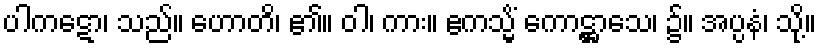
ပါကဋော၊ သည်။ ဟောတိ၊ ၏။ ဝါ၊ ကား။ ဧကသ္မိံ ကောဋ္ဌာသေ၊ ၌။ အပ္ပနံ၊ သို့။